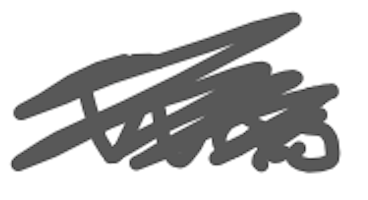
Text: was
Cross-out: scratch
Writing tool: digital_gray